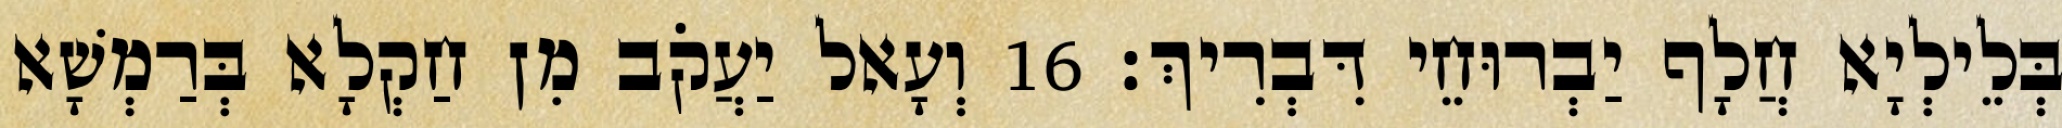
בְּלֵילְיָא חֲלָף יַבְרוּחֵי דִּבְרִיךְ׃ 16 וְעָאל יַעֲקֹב מִן חַקְלָא בְּרַמְשָׁא